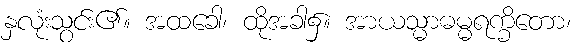
နှလုံးသွင်း၏။ အထခေါ၊ ထိုအခါ၌။ အာယသ္မာဓမ္မရက္ခိတော၊